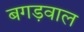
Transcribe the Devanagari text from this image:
बगड़वाल